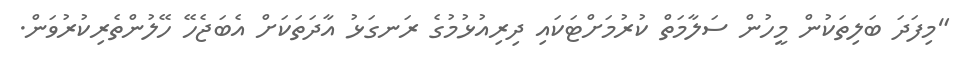
"މިފަދަ ބަލިތަކުން މީހުން ސަލާމަތް ކުރުމަށްޓަކައި ދިރިއުޅުމުގެ ރަނގަޅު އާދަތަކަށް އެބަޖެހޭ ހޭލުންތެރިކުރުވަން.